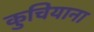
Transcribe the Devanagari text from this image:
कुचियाना